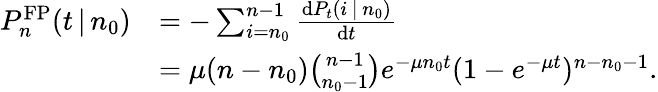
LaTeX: \begin{array}{rl}{P_{n}^{\mathrm{FP}}(t\, |\, n_{0})}&{=-\sum_{i=n_{0}}^{n-1}\frac{\mathrm{d}P_{t}(i\, |\, n_{0})}{\mathrm{d}t}}\\ &{=\mu(n-n_{0}){\binom{n-1}{n_{0}-1}}e^{-\mu n_{0}t}(1-e^{-\mu t})^{n-n_{0}-1}.}\end{array}